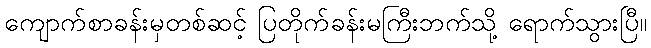
ကျောက်စာခန်းမှတစ်ဆင့် ပြတိုက်ခန်းမကြီးဘက်သို့ ရောက်သွားပြီ။